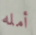
أمله